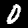
Digit: 0